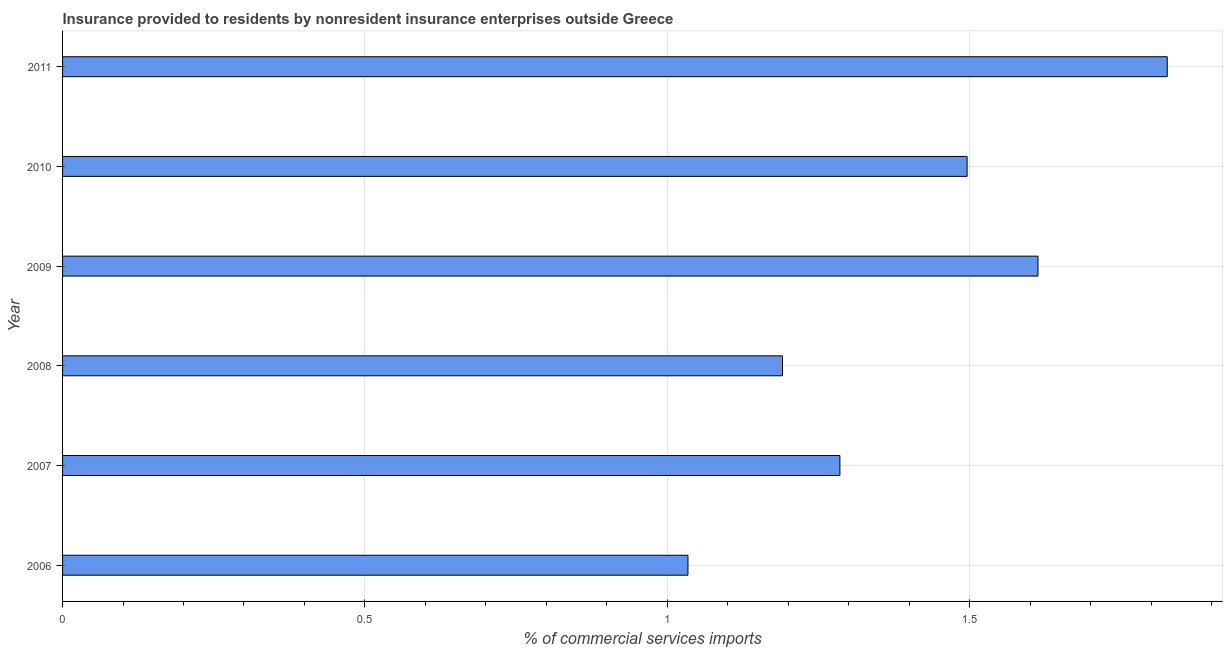
| Year | Insurance provided by non-residents |
 | --- | --- |
 | 2006 | 1.03 |
 | 2007 | 1.29 |
 | 2008 | 1.19 |
 | 2009 | 1.61 |
 | 2010 | 1.5 |
 | 2011 | 1.83 |